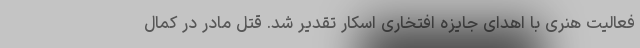
فعالیت هنری با اهدای جایزه افتخاری اسکار تقدیر شد. قتل مادر در کمال